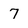
Character: 7